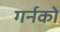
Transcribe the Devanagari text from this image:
गर्नको